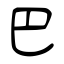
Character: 巴